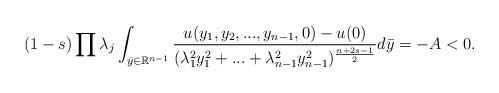
LaTeX: \begin{align*}(1-s)\prod{\lambda_j}\int_{\bar{y}\in \mathbb{R}^{n-1}}{\frac{u(y_1,y_2,...,y_{n-1},0)-u(0)}{(\lambda_1^2y_1^2+...+\lambda_{n-1}^2y_{n-1}^2)^{\frac{n+2s-1}{2}}}d\bar{y}}=-A<0.\end{align*}